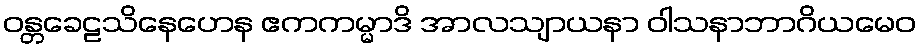
ဝန္တခေဠသိနေဟေန ဧကကမ္မာဒိ အာလသျာယနာ ဝါသနာဘာဂိယမေဝ